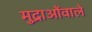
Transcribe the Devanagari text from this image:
मुद्राओंवाले